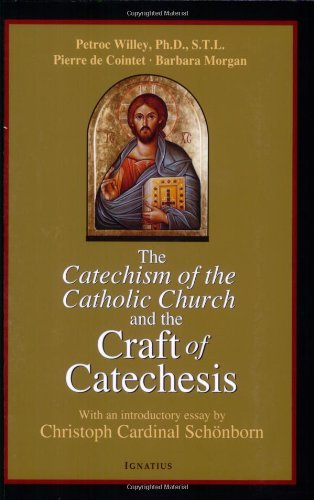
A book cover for Catechism of the Catholic Church and the Craft of Catechesis; Pierre de Cointet; Christian Books & Bibles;